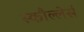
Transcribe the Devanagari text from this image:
स्कौल्लेर्स